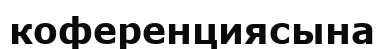
коференциясына